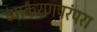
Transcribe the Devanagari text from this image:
व्याकरणपरंपरा